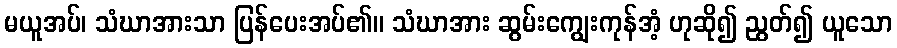
မယူအပ်၊ သံဃာအားသာ ပြန်ပေးအပ်၏။ သံဃာအား ဆွမ်းကျွေးကုန်အံ့ ဟုဆို၍ ညွတ်၍ ယူသော